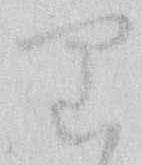
り